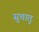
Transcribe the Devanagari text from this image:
सुचातु